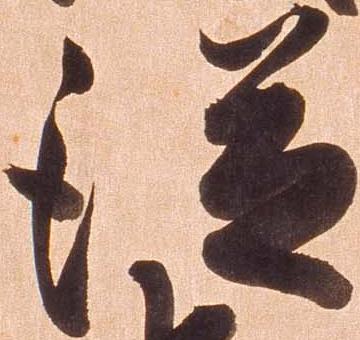
従